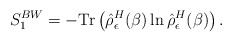
\begin{align*}S_1^{BW}=- \mbox{Tr}\left(\hat{\rho}^{H}_{\epsilon}(\beta)\ln\hat{\rho}^{H}_{\epsilon}(\beta)\right) .\end{align*}